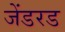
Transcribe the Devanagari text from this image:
जेंडरड